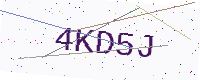
Text: 4KD5J